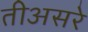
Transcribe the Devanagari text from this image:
तीअसरे